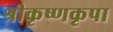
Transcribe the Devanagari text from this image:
श्रीकृष्णकृपा